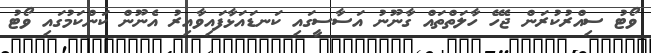
ވޯޓު ސިއްރުކުރަން ޖެހޭ ހާލަތްތައް ގާނޫނު އަސާސީގައި ކަނޑައަޅާފައިވާއިރު އެނޫން ކަންކަމުގައި ވޯޓު